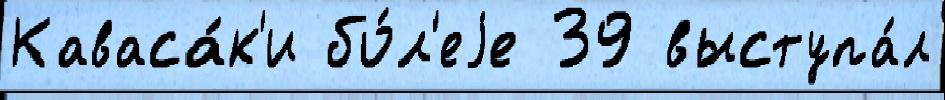
Каваса́к'и бо́л'еjе 39 выступа́л